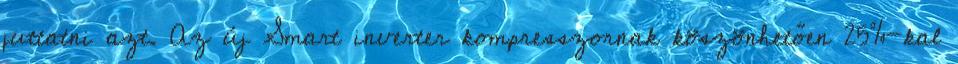
juttatni azt. Az új Smart inverter kompresszornak köszönhetően 25%-kal